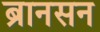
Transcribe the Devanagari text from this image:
ब्रानसन